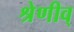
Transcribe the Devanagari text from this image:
श्रेणीव्